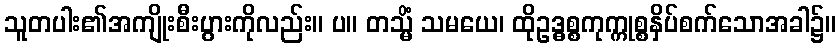
သူတပါး၏အကျိုးစီးပွားကိုလည်း။ ပ။ တသ္မိံ သမယေ၊ ထိုဥဒ္ဓစ္စကုက္ကုစ္စနှိပ်စက်သောအခါ၌။